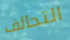
التحالف